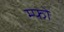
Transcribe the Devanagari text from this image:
म्फो